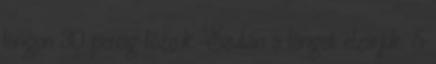
lángon 30 percig főzzük. Ezután a lángot elzárjuk, 5